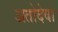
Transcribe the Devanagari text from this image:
अतोदेवा